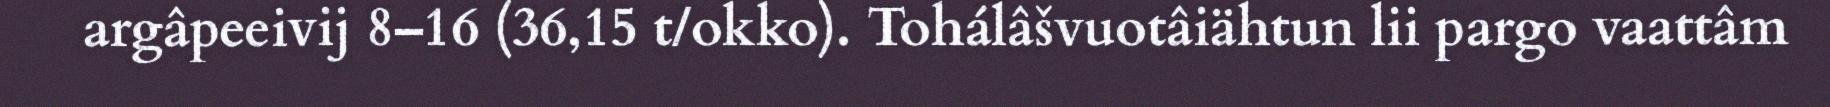
argâpeeivij 8–16 (36,15 t/okko). Tohálâšvuotâiähtun lii pargo vaattâm